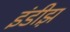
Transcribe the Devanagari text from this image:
इंडीझ़़